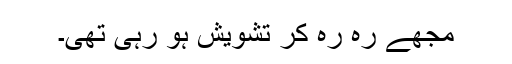
مجھے رہ رہ کر تشویش ہو رہی تھی۔